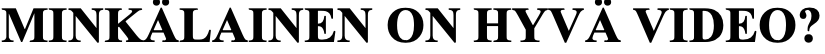
MINKÄLAINEN ON HYVÄ  VIDEO?